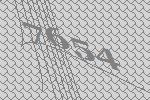
7654